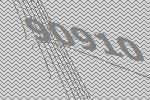
90910